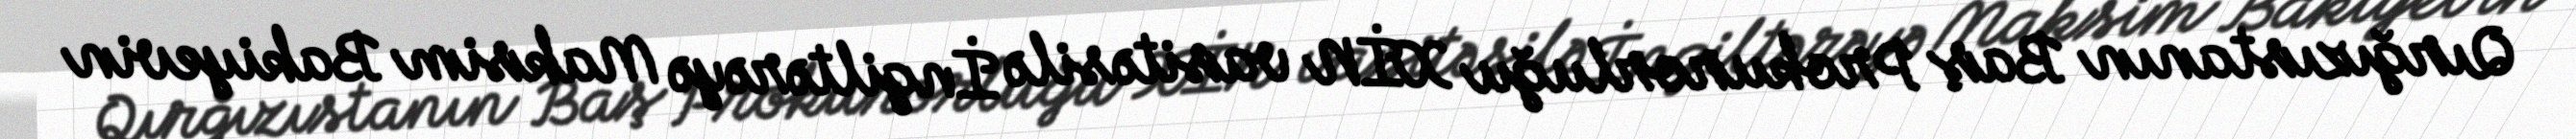
Qırğızıstanın Baş Prokurorluğu XİN vasitəsilə İngiltərəyə Maksim Bakiyevin